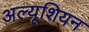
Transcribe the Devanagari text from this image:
अल्यूशियन